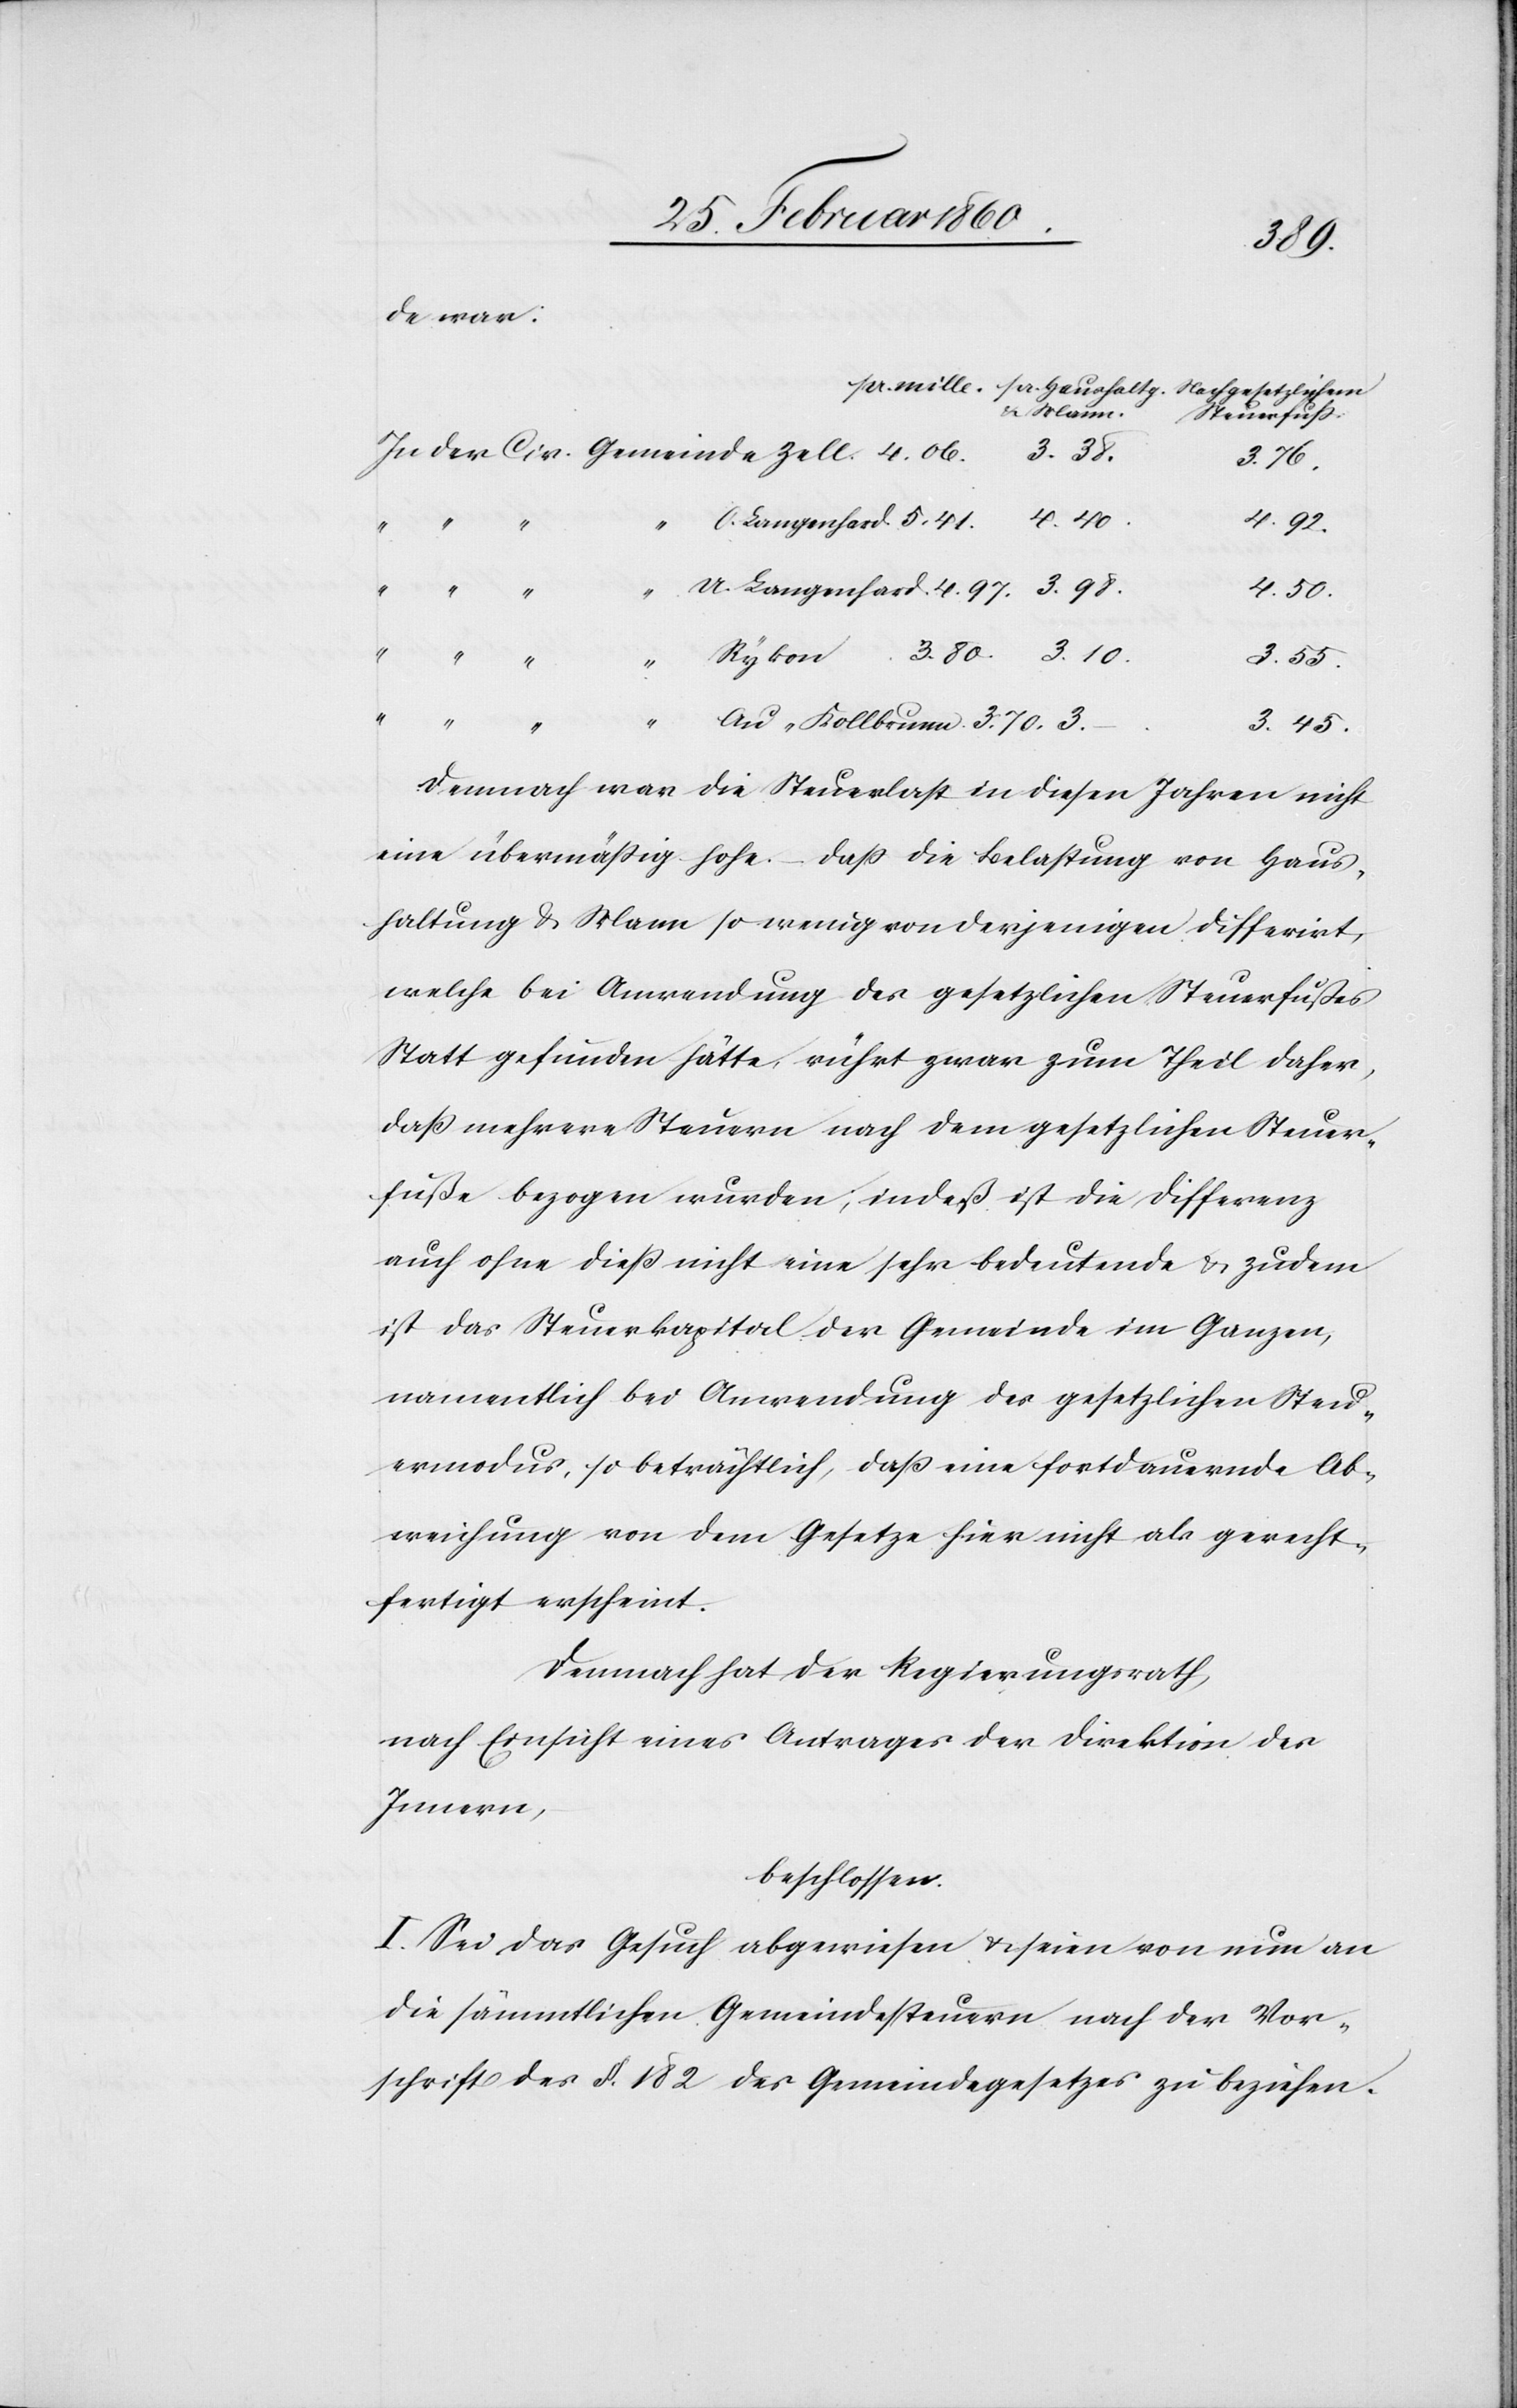
de war.
Steuerfuß
3. 76.
4. 97.
4. 50.
3. 55.
“
Au-Kollbrunn
3. 45.
Demnach war die Steuerlast in diesen Jahren nicht
eine übermäßig hohe. – Dass die Belastung von Haus¬
haltung u. Mann so wenig von derjenigen differirt,
welche bei Anwendung des gesetzlichen Steuerfusses
Statt gefunden hätte, rührt zwar zum Theil daher,
dass mehrer Steuern nach dem gesetzlichen Steuer¬
fuße bezogen wurden; indeß ist die Differenz
auch ohne dieß nicht eine sehr bedeutende u. zudem
ist das Steuerkapital der Gemeinde im Ganzen,
namentlich bei Anwendung des gesetzlichen Steu¬
ermodus, so beträchtlich, dass eine fortdauernde Ab¬
weichung von dem Gesetze hier nicht als gerecht¬
fertigt erscheint.
Demnach hat der Regierungsrath,
nach Einsicht eines Antrages der Direktion des
Innern
beschlossen.
I. Sei das Gesuch abgewiesen u. seien von nun an
die sämmtlichen Gemeindssteuern nach der Vor¬
schrift des §. 182. des Gemeindegesetzes zu beziehen.